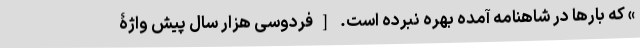
» که بارها در شاهنامه آمده بهره نبرده است. [فردوسی هزار سال پیش واژۀ